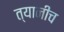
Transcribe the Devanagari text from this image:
त्यानीच